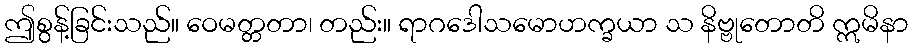
ဤစွန့်ခြင်းသည်။ ဝေမတ္တတာ၊ တည်း။ ရာဂဒေါသမောဟက္ခယာ သ နိဗ္ဗုတောတိ ဣမိနာ